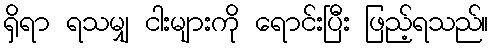
ရှိရာ ရသမျှ ငါးများကို ရောင်းပြီး ဖြည့်ရသည်။